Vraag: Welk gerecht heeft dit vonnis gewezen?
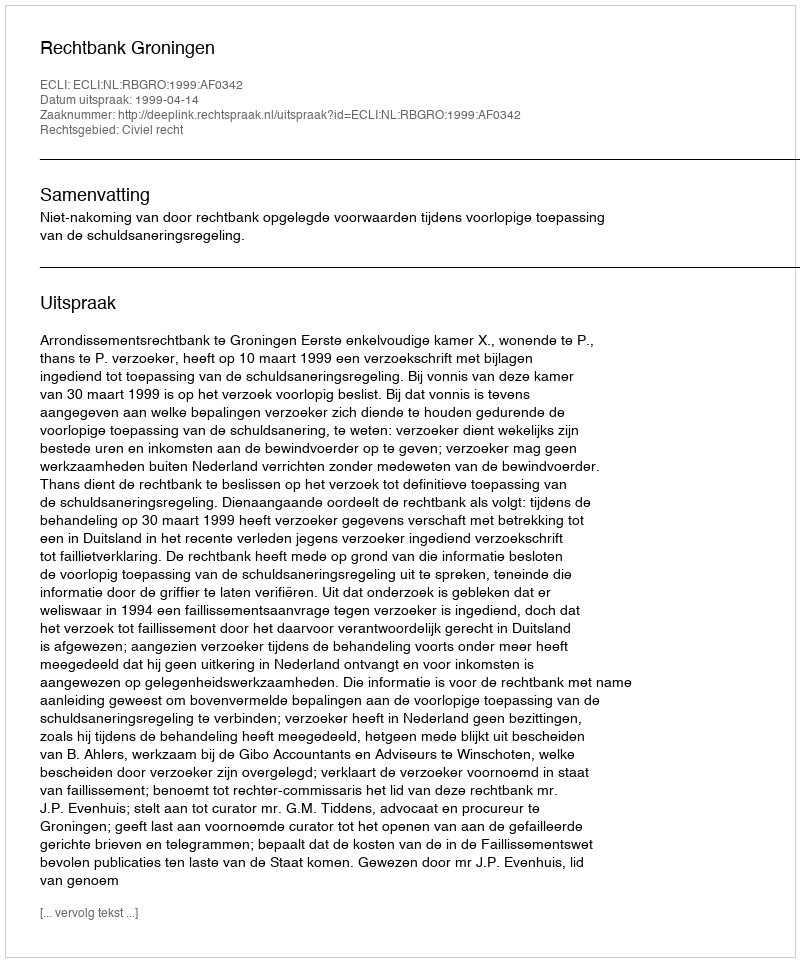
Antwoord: Rechtbank Groningen